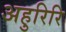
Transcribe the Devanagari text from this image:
अहुरिरि